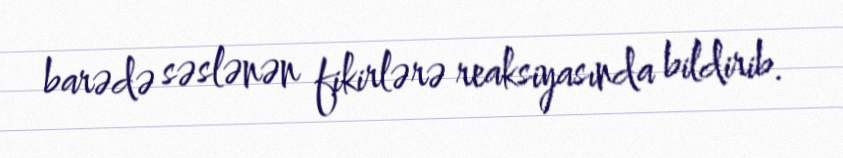
barədə səslənən fikirlərə reaksiyasında bildirib.